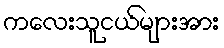
ကလေးသူငယ်များအား